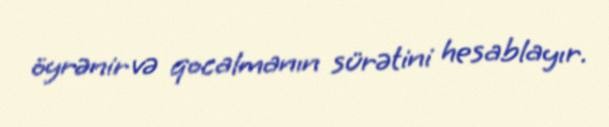
öyrənir və qocalmanın sürətini hesablayır.